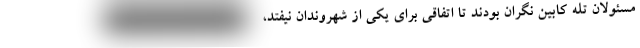
مسئولان تله کابین نگران بودند تا اتفاقی برای یکی از شهروندان نیفتد،